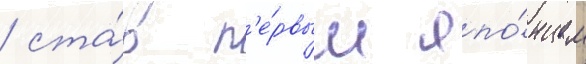
/ ста́в п'е́рвым япо́нцем